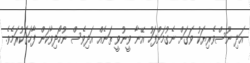
އަދި ނޫސްވެރިޔަކު ވަގަށް ނެގުމަށްފަހު އޭނާ ވީނުވީ ތަނެއް އަދިވެސް ނުހޯދިވާކަން ފާހަގަކުރަމެވެ.